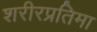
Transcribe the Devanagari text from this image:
शरीरप्रतिमा